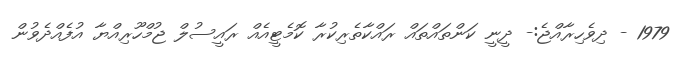
1979 - ދިވެހިރާއްޖެ:- ދީނީ ކަންތައްތައް ރައްކާތެރިކުރާ ކޮމެޓީއެއް ރައީސުލް ޖުމްހޫރިއްޔާ އުފެއްދެވުން